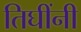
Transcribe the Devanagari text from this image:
तिघींनी